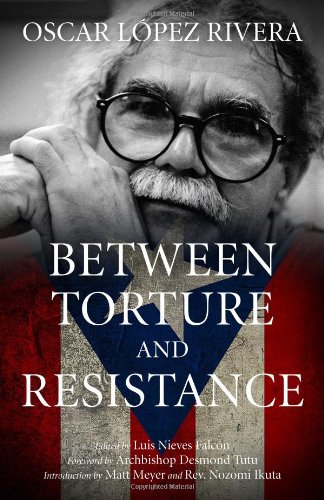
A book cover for Oscar LÃ³pez Rivera: Between Torture and Resistance; Osacar LÃ³pez Rivera; Law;